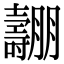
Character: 𡕑